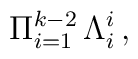
\Pi_{i=1}^{k-2} \,  \Lambda^i_{i} \, ,